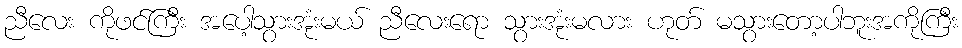
ညီလေး ကိုဖင်ကြီး အပေါ့သွားအုံးမယ် ညီလေးရော သွားအုံးမလား ဟုတ် မသွားတော့ပါဘူးအကိုကြီး